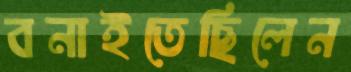
বনাইতেছিলেন